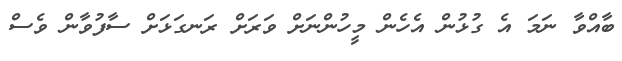
ބާއްވާ ނަމަ އެ ގުޅުން އެހެން މީހުންނަށް ވަރަށް ރަނގަޅަށް ސާފުވާން ވެސް